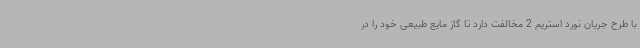
با طرح جریان نورد استریم 2 مخالفت دارد تا گاز مایع طبیعی خود را در